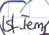
Text: Ist_Temp